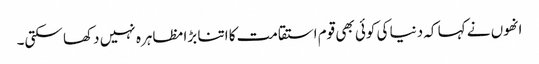
انھوں نے کہا کہ دنیا کی کوئی بھی قوم استقامت کا اتنا بڑا مظاہرہ نہیں دکھا سکتی۔